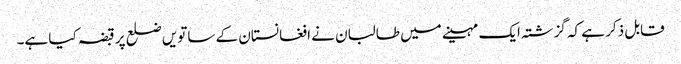
قابل ذکر ہے کہ گزشتہ ایک مہینے میں طالبان نے افغانستان کے ساتویں ضلع پر قبضہ کیا ہے۔